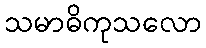
သမာဓိကုသလော